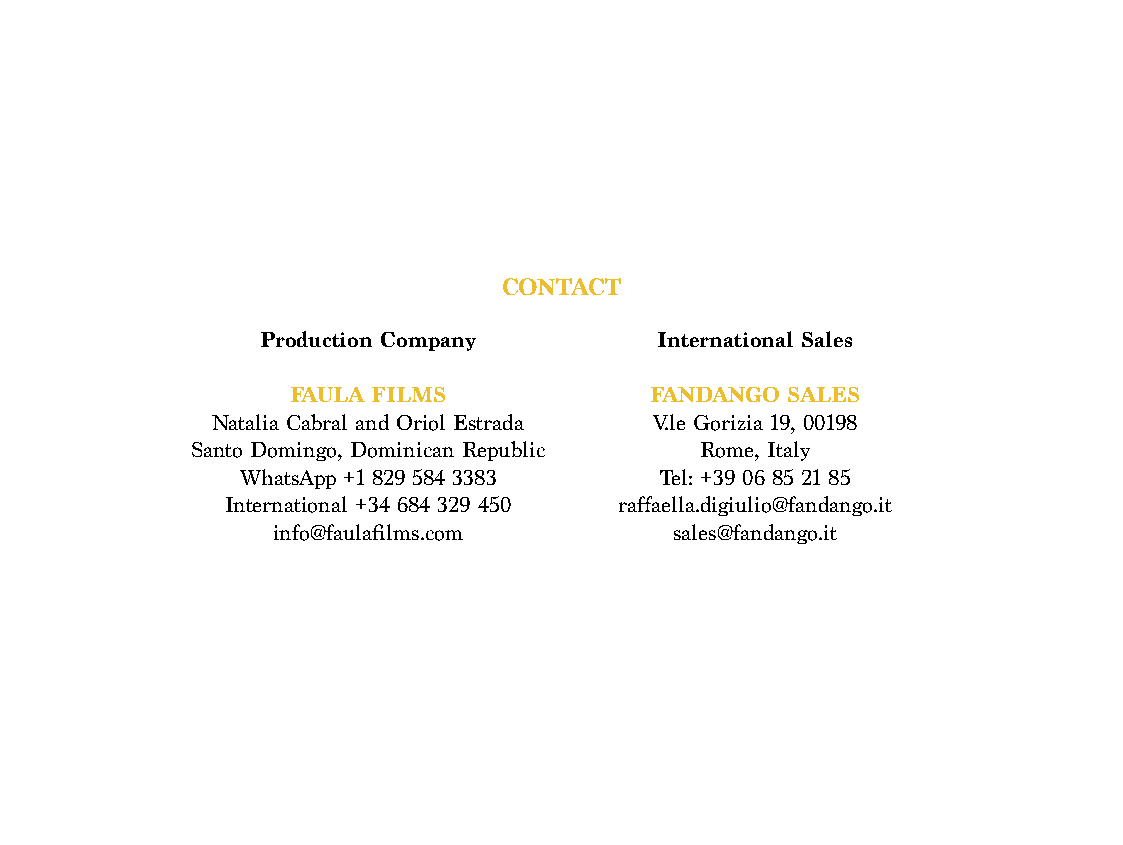
CONTACT
 Production Company        International Sales
 FAULA FILMS             FANDANGO SALES
 Natalia Cabral and Oriol Estrada V.le Gorizia 19, 00198
 Santo Domingo, Dominican Republic Rome, Italy
 WhatsApp +1 829 584 3383    Tel: +39 06 85 21 85
 International +34 684 329 450 raffaella.digiulio@fandango.it
 info@faulafilms.com        sales@fandango.it